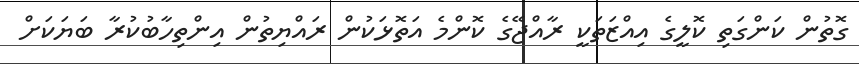
ގޮތުން ކަންގަތި ކޮލީގެ އިއްޒަތަކީ ރާއްޖޭގެ ކޮންމެ އަތޮޅަކުން ރައްޔިތުން އިންތިހާބުކުރާ ބަޔަކަށް